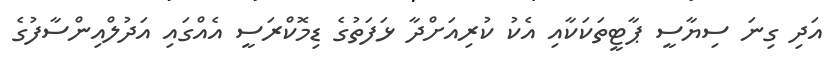
އަދި ގިނަ ސިޔާސީ ޕާޓީތަކަކާއި އެކު ކުރިއަށްދާ ޅަފަތުގެ ޑިމޮކްރަސީ އެއްގައި އަދުލްއިންސާފުގެ